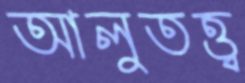
আলুতত্ত্ব